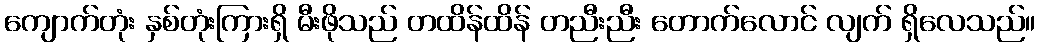
ကျောက်တုံး နှစ်တုံးကြားရှိ မီးဖိုသည် တထိန်ထိန် တညီးညီး တောက်လောင် လျက် ရှိလေသည်။